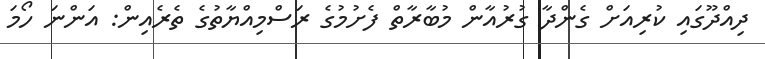
ދިއްދޫގައި ކުރިއަށް ގެންދާ ގުރުއާން މުބާރާތް ފެށުމުގެ ރަސްމިއްޔާތުގެ ތެރެއިން: އަންނަ ހޯމަ